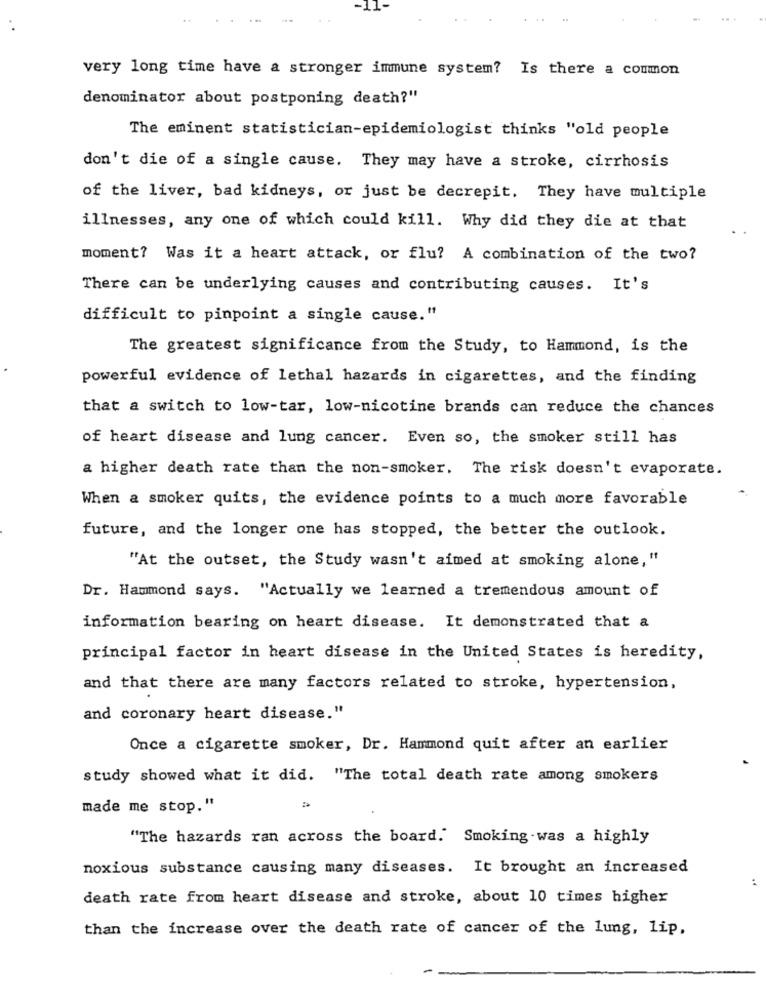
very long time have a stronger immune system? Is there a common
denominator about postponing death?"
The eminent statistician-epidemiologist thinks "old people
don't die of a single cause. They may have a stroke, cirrhosis
of the liver, bad kidneys, or just be decrepit. They have multiple
illnesses, any one of which could kill. Why did they die at that
moment? Was it a heart attack, or flu? A combination of the two?
There can be underlying causes and contributing causes. It's
difficult to pinpoint a single cause."
The greatest significance from the Study, to Hammond, is the
powerful evidence of lethal hazards in cigarettes, and the finding
that a switch to low-tar, low-nicotine brands can reduce the chances
of heart disease and lung cancer. Even so, the smoker still has
a higher death rate than the non-smoker. The risk doesn't evaporate.
When a smoker quits, the evidence points to a much more favorable
future, and the longer one has stopped, the better the outlook.
"At the outset, the Study wasn't aimed at smoking alone, "
Dr. Hammond says. "Actually we learned a tremendous amount of
information bearing on heart disease. It demonstrated that a
principal factor in heart disease in the United States is heredity,
and that there are many factors related to stroke, hypertension,
and coronary heart disease."
Once a cigarette smoker, Dr. Hammond quit after an earlier
study showed what it did. "The total death rate among smokers
made me stop."
"The hazards ran across the board.' Smoking was a highly
noxious substance causing many diseases. It brought an increased
death rate from heart disease and stroke, about 10 times higher
than the increase over the death rate of cancer of the lung, lip,